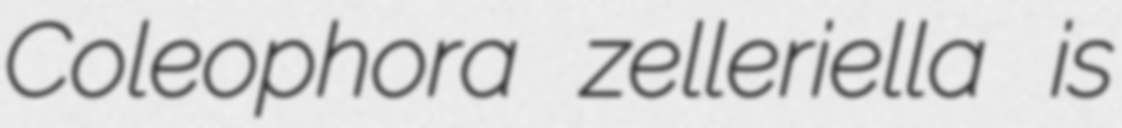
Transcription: Coleophora zelleriella is